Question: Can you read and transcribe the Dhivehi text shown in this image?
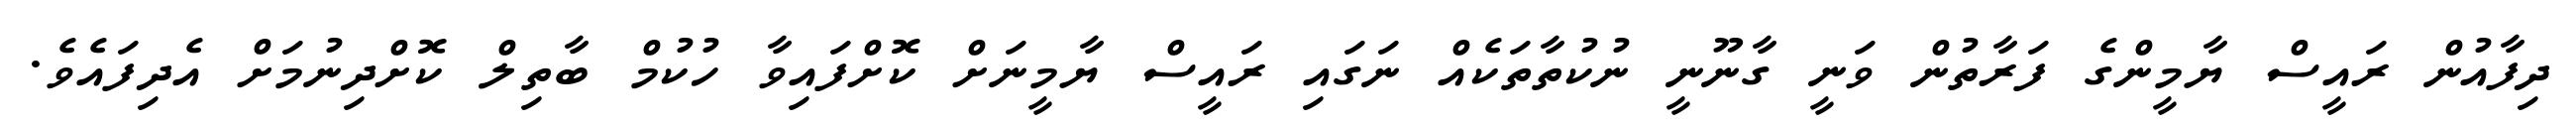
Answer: ދިފާއުން ރައީސް ޔާމީންގެ ފަރާތުން ވަނީ ގާނޫނީ ނުކުތާތަކެއް ނަގައި ރައީސް ޔާމީނަށް ކޮށްފައިވާ ހުކުމް ބާތިލް ކޮށްދިނުމަށް އެދިފައެވެ.